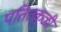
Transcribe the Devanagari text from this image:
पतितकुळी